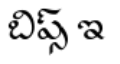
బిప్స్ ఇ